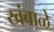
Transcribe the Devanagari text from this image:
खंबाळे